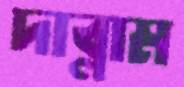
দাব্লাম